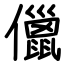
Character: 儠